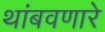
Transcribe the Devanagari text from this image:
थांबवणारे